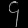
Digit: ၄